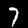
Label: 7